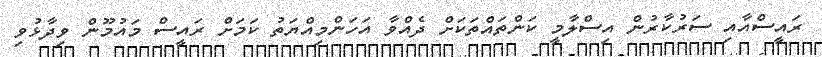
ރައީސްއާއި ސަރުކާރުން އިސްލާމީ ކަންތައްތަކަށް ދެއްވާ އަހަންމިއްޔަތު ކަމަށް ރައީސް މައުމޫން ވިދާޅުވި